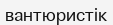
вантюристік